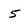
Character: 5